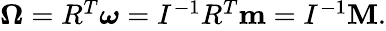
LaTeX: \begin{array}{r}{{\mathbf\Omega}=R^{T}{\boldsymbol\omega}=I^{-1}R^{T}{\mathbf m}=I^{-1}{\mathbf M}.}\end{array}